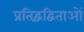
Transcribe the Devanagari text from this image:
प्रतिद्वंद्विताओं